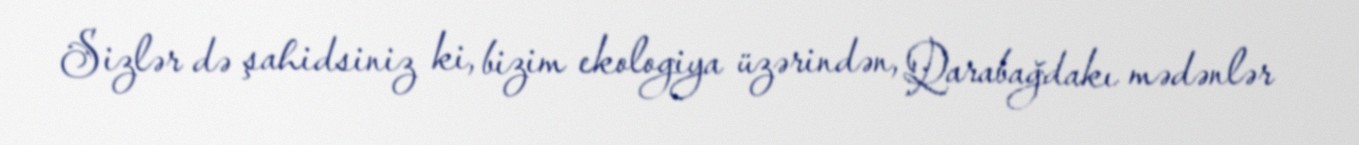
Sizlər də şahidsiniz ki, bizim ekologiya üzərindən, Qarabağdakı mədənlər